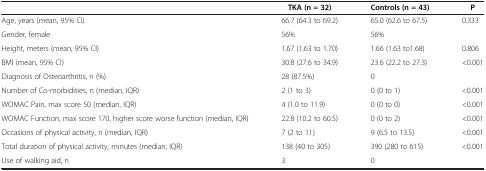
|  | TKA (n = 32) | Controls (n = 43) | P |
 | --- | --- | --- | --- |
 | Age, years (mean, 95% CI) | 66.7 (64.3 to 69.2) | 65.0 (62.6 to 67.5) | 0.333 |
 | Gender, female | 56% | 56% |  |
 | Height, meters (mean, 95% CI) | 1.67 (1.63 to 1.70) | 1.66 (1.63 to1.68) | 0.806 |
 | BMI (mean, 95% CI) | 30.8 (27.6 to 34.9) | 23.6 (22.2 to 27.3) | <0.001 |
 | Diagnosis of Osteoarthritis, n (%) | 28 (87.5%) | 0 |  |
 | Number of Co-morbidities, n (median, IQR) | 2 (1 to 3) | 0 (0 to 1) | <0.001 |
 | WOMAC Pain, max score 50 (median, IQR) | 4 (1.0 to 11.9) | 0 (0 to 0) | <0.001 |
 | WOMAC Function, max score 170, higher score worse function (median, IQR) | 22.8 (10.2 to 60.5) | 0 (0 to 2) | <0.001 |
 | Occasions of physical activity, n (median, IQR) | 7 (2 to 11) | 9 (6.5 to 13.5) | <0.001 |
 | Total duration of physical activity, minutes (median, IQR) | 138 (40 to 305) | 390 (280 to 615) | <0.001 |
 | Use of walking aid, n | 3 | 0 |  |